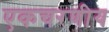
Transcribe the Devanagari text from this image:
एकचरणीय